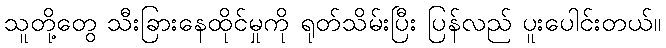
သူတို့တွေ သီးခြားနေထိုင်မှုကို ရုတ်သိမ်းပြီး ပြန်လည် ပူးပေါင်းတယ်။